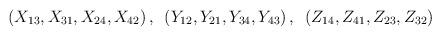
LaTeX: \begin{align*}\left(X_{13},X_{31},X_{24},X_{42}\right),~\left(Y_{12},Y_{21},Y_{34},Y_{43}\right),~ \left(Z_{14},Z_{41},Z_{23},Z_{32}\right)\end{align*}